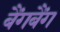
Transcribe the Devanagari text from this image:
बैंगबैंग